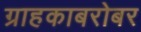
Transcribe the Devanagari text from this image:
ग्राहकाबरोबर